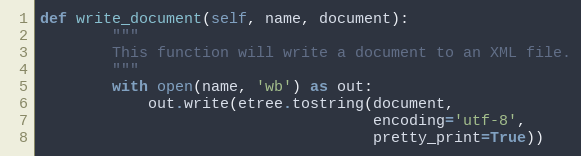
Language: Python
def write_document(self, name, document):
        """
        This function will write a document to an XML file.
        """
        with open(name, 'wb') as out:
            out.write(etree.tostring(document,
                                     encoding='utf-8',
                                     pretty_print=True))